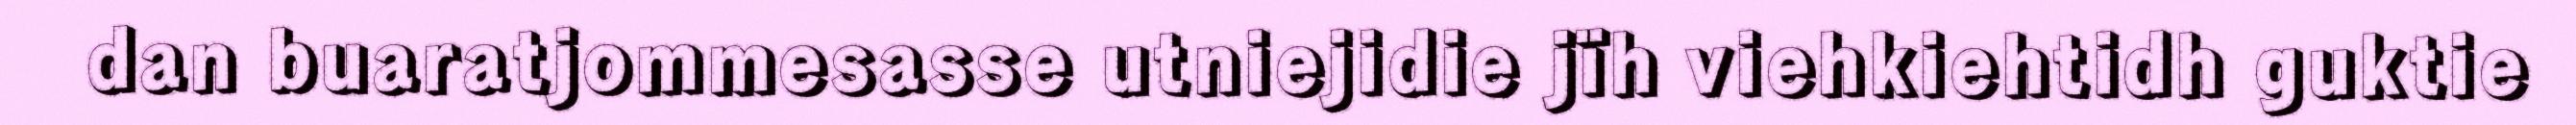
dan buaratjommesasse utniejidie jïh viehkiehtidh guktie